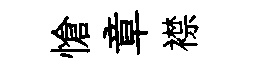
愴章襟